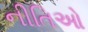
નીતિઓ